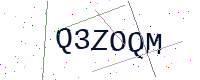
Text: Q3ZOQM